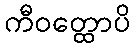
ကီဝတ္ထောပိ